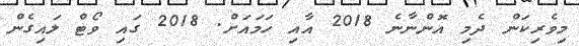
މިވެރިކަން ދެމި އޮންނާނެ 2018 އާއި ހަމައަށް. 2018 ގައި ވޯޓް ލައިގެން